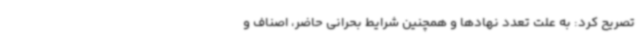
تصریح کرد: به علت تعدد نهادها و همچنین شرایط بحرانی حاضر، اصناف و